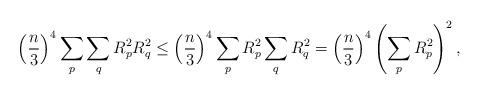
LaTeX: \begin{align*} \left(\frac{n}{3}\right)^4\sum_p\sum_q R_p^2R_q^2\leq\left(\frac{n}{3} \right)^4\sum_pR_p^2\sum_qR_q^2=\left(\frac{n}{3}\right)^4\left(\sum_{p}R_p^2\right)^2,\end{align*}